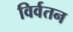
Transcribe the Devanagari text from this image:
विर्वतन